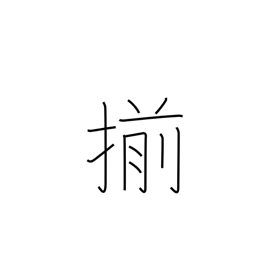
Meaning: uniform